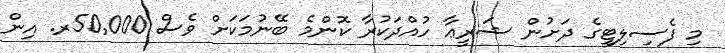
މި ފެސިލިޓީގެ ދަށުން ޝަރީޢާ ހުއްދަކުރާ ކޮންމެ ބޭނުމަކަށް ވެސް 50